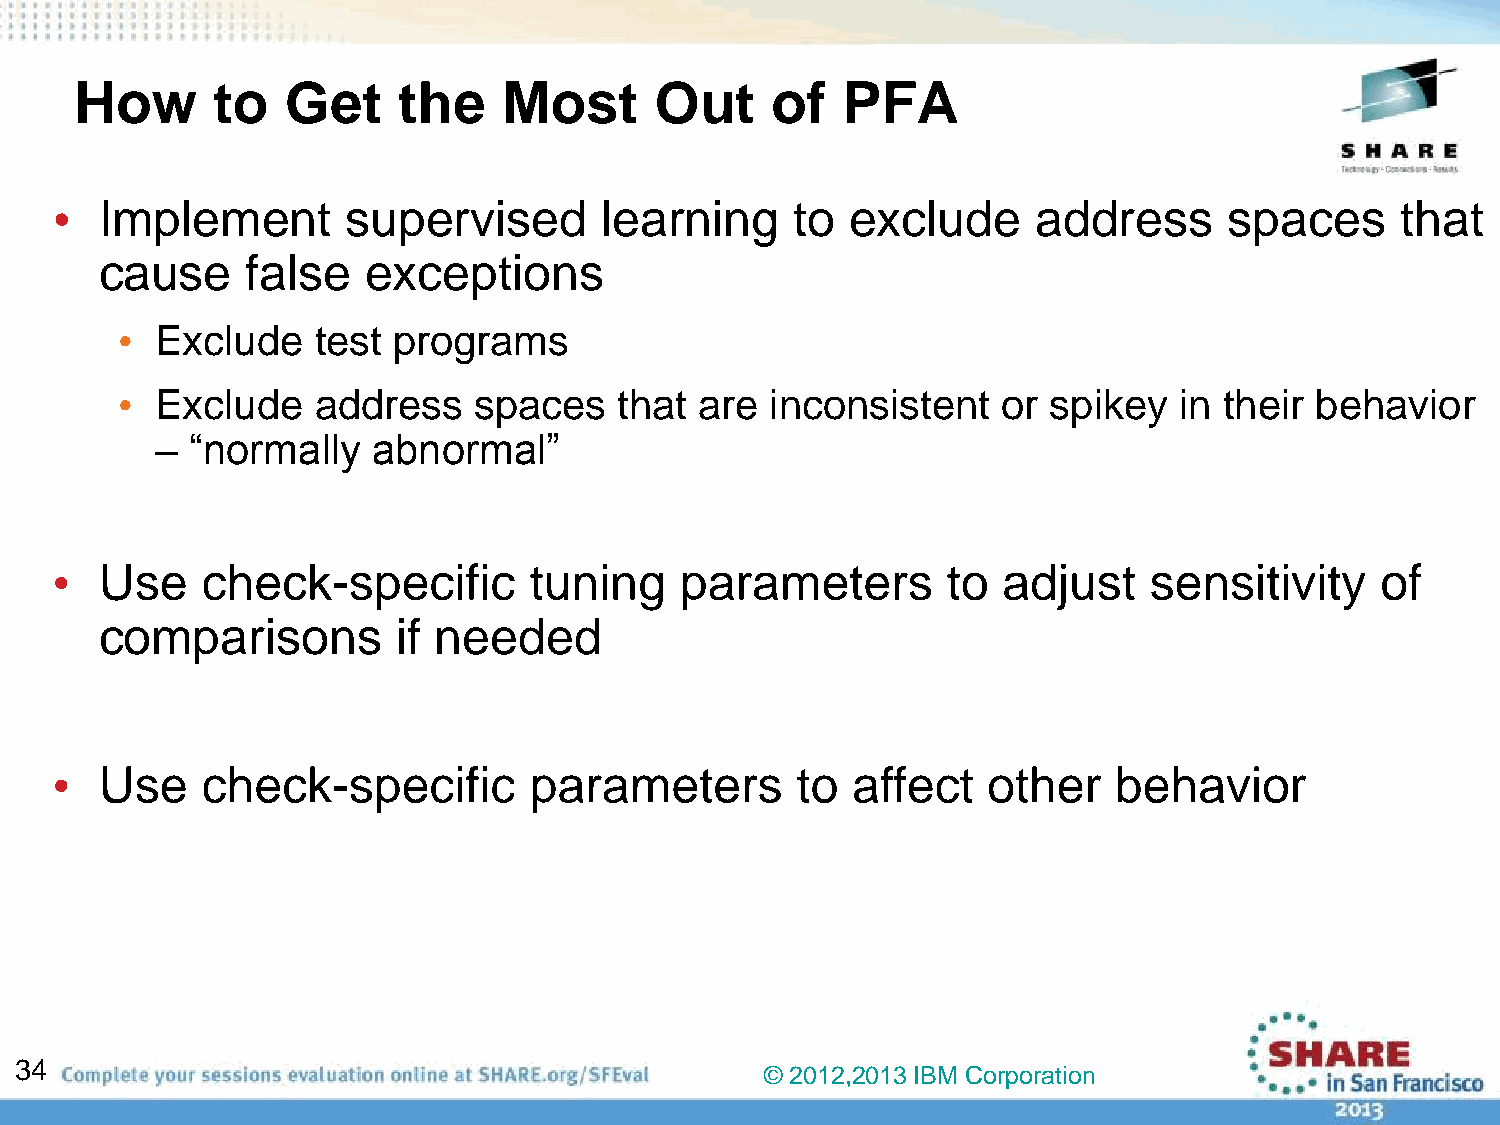
How      to   Get    the    Most      Out     of   PFA
 •   Implement       supervised       learning     to exclude      address     spaces      that
 cause    false   exceptions
 • Exclude    test programs
 • Exclude    address   spaces    that are  inconsistent   or spikey   in their behavior
 –  “normally   abnormal”
 •   Use   check-specific        tuning    parameters        to adjust    sensitivity    of
 comparisons        if needed
 •   Use   check-specific        parameters        to affect   other    behavior
 34
 © 2012,2013 IBM Corporation